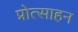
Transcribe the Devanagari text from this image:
प्रोत्साहन